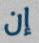
إن